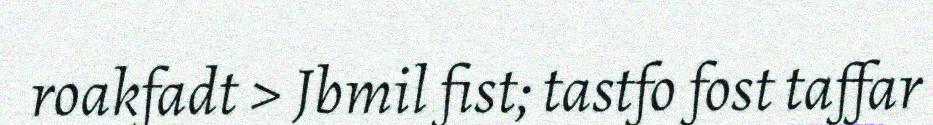
roakfadt > Jbmil fist; tastfo fost taffar